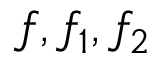
f , f _ { 1 } , f _ { 2 }